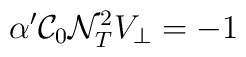
\alpha '{\cal C}_{0}{\cal N}^{2}_{T}V_{\bot }=-1